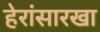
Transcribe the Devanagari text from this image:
हेरांसारखा